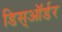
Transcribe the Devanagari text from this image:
डिस्ऑर्डर